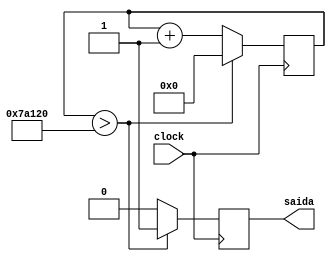
module delay(input clock,output reg saida);
reg [20:0] contador;
initial saida=0;
initial contador=0;

always @(posedge clock)
begin
	if(contador>500000)
	begin
		contador<=0;
		saida<=1;
	end
	else
	begin
		contador<=contador+1;
		saida<=0;
	end


end 

endmodule